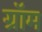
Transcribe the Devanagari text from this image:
ग्रॉम